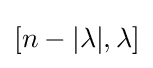
[n-|\lambda |,\lambda ]